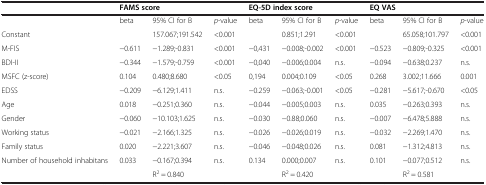
<table><thead><tr><td><b> </b></td><td colspan="3"><b>FAMS score</b></td><td colspan="3"><b>EQ-5D index score</b></td><td colspan="3"><b>EQ VAS</b></td></tr></thead><tbody><tr><td> </td><td>beta</td><td>95% CI for B</td><td><i>p</i>-value</td><td>beta</td><td>95% CI for B</td><td><i>p</i>-value</td><td>beta</td><td>95% CI for B</td><td><i>p</i>-value</td></tr><tr><td>Constant</td><td> </td><td>157.067;191.542</td><td>&lt;0.001</td><td> </td><td>0.851;1.291</td><td>&lt;0.001</td><td> </td><td>65.058;101.797</td><td>&lt;0.001</td></tr><tr><td>M-FIS</td><td>−0.611</td><td>−1.289;-0.831</td><td>&lt;0.001</td><td>−0,431</td><td>−0.008;-0.002</td><td>&lt;0.001</td><td>−0.523</td><td>−0.809;-0.325</td><td>&lt;0.001</td></tr><tr><td>BDI-II</td><td>−0.344</td><td>−1.579;-0.759</td><td>&lt;0.001</td><td>−0,040</td><td>−0.006;0.004</td><td>n.s.</td><td>−0.094</td><td>−0.638;0.237</td><td>n.s.</td></tr><tr><td>MSFC (z-score)</td><td>0.104</td><td>0.480;8.680</td><td>&lt;0.05</td><td>0,194</td><td>0.004;0.109</td><td>&lt;0.05</td><td>0.268</td><td>3.002;11.666</td><td>0.001</td></tr><tr><td>EDSS</td><td>−0.209</td><td>−6.129;1.411</td><td>n.s.</td><td>−0.259</td><td>−0.063;-0.001</td><td>&lt;0.05</td><td>−0.281</td><td>−5.617;-0.670</td><td>&lt;0.05</td></tr><tr><td>Age</td><td>0.018</td><td>−0.251;0.360</td><td>n.s.</td><td>−0.044</td><td>−0.005;0.003</td><td>n.s.</td><td>0.035</td><td>−0.263;0.393</td><td>n.s.</td></tr><tr><td>Gender</td><td>−0.060</td><td>−10.103;1.625</td><td>n.s.</td><td>−0.030</td><td>−0.88;0.060</td><td>n.s.</td><td>−0.007</td><td>−6.478;5.888</td><td>n.s.</td></tr><tr><td>Working status</td><td>−0.021</td><td>−2.166;1.325</td><td>n.s.</td><td>−0.026</td><td>−0.026;0.019</td><td>n.s.</td><td>−0.032</td><td>−2.269;1.470</td><td>n.s.</td></tr><tr><td>Family status</td><td>0.020</td><td>−2.221;3.607</td><td>n.s.</td><td>−0.046</td><td>−0.048;0.026</td><td>n.s.</td><td>0.081</td><td>−1.312;4.813</td><td>n.s.</td></tr><tr><td>Number of household inhabitans</td><td>0.033</td><td>−0.167;0.394</td><td>n.s.</td><td>0.134</td><td>0.000;0.007</td><td>n.s.</td><td>0.101</td><td>−0.077;0.512</td><td>n.s.</td></tr><tr><td> </td><td> </td><td>R<sup>2</sup> = 0.840</td><td> </td><td> </td><td>R<sup>2</sup> = 0.420</td><td> </td><td> </td><td>R<sup>2</sup> = 0.581</td><td> </td></tr></tbody></table>